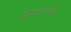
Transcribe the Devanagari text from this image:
शिवज्ञाणशेखर